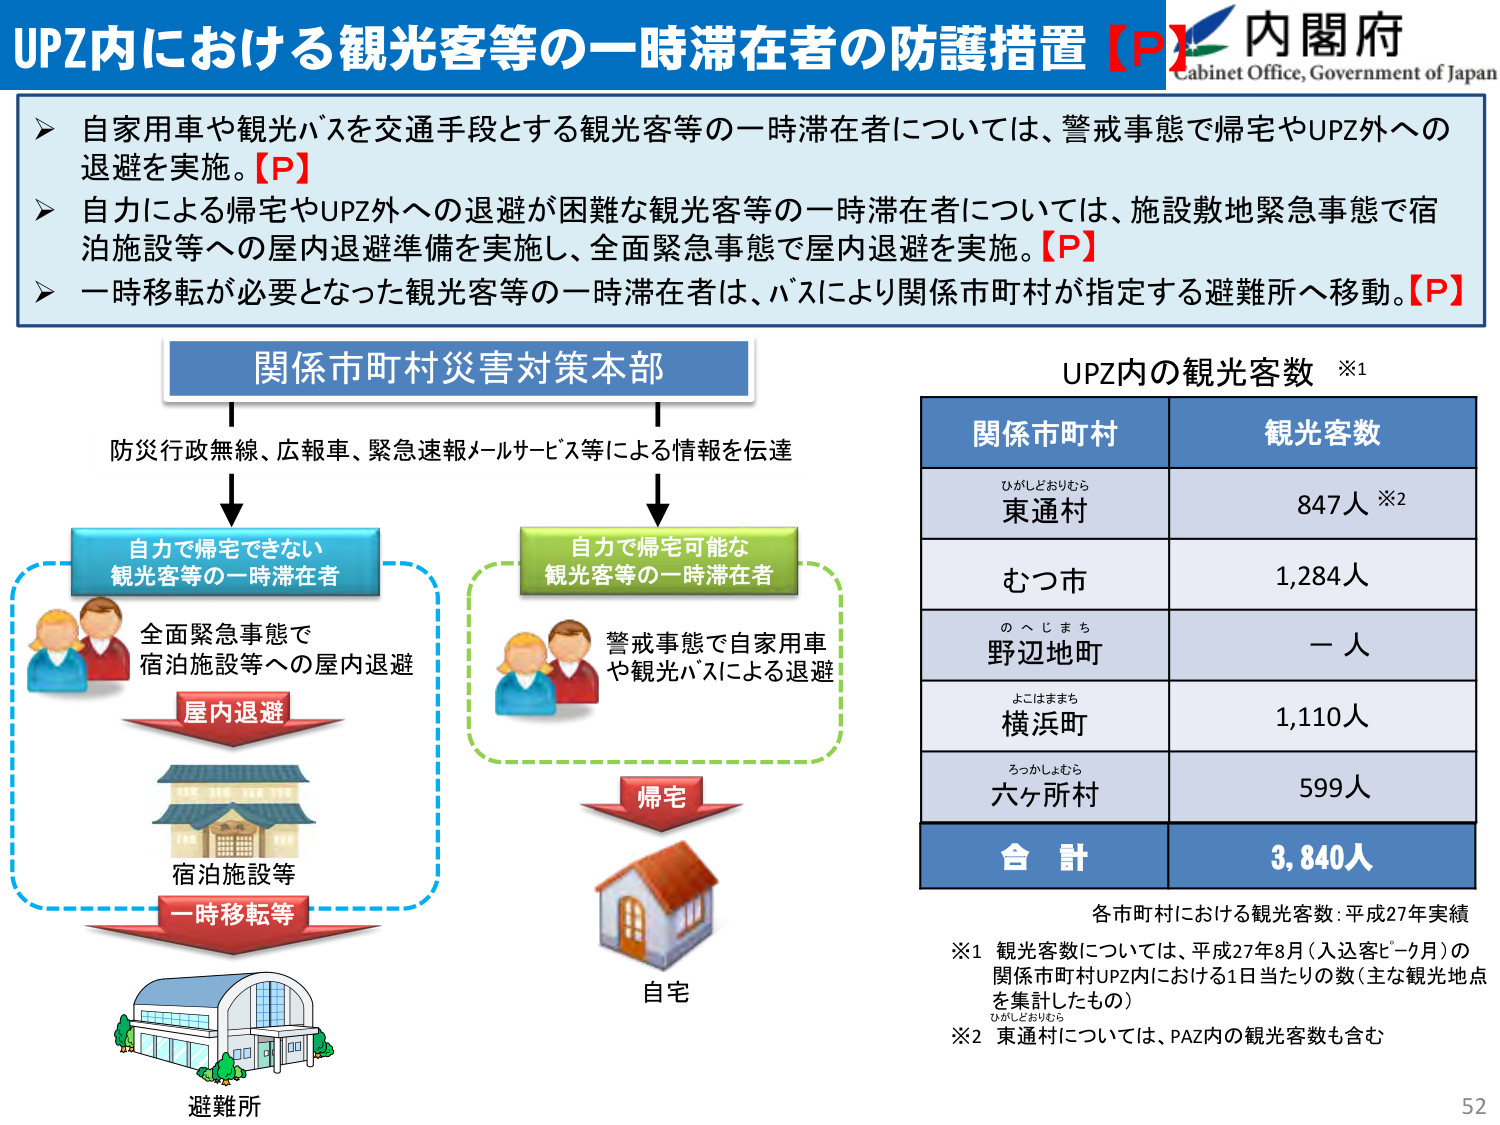
UPZ内における観光客等の一時滞在者の防護措置【P】
内閣府
Cabinet Office, Government of Japan

➤ 自家用車や観光バスを交通手段とする観光客等の一時滞在者については、警戒事態で帰宅やUPZ外への退避を実施。【P】
➤ 自力による帰宅やUPZ外への退避が困難な観光客等の一時滞在者については、施設敷地緊急事態で宿泊施設等への屋内退避準備を実施し、全面緊急事態で屋内退避を実施。【P】
➤ 一時移転が必要となった観光客等の一時滞在者は、バスにより関係市町村が指定する避難所へ移動。【P】

関係市町村災害対策本部
防災行政無線、広報車、緊急速報メールサービス等による情報を伝達

自力で帰宅できない
観光客等の一時滞在者
全面緊急事態で
宿泊施設等への屋内退避
屋内退避
宿泊施設等
一時移転等
避難所

自力で帰宅可能な
観光客等の一時滞在者
警戒事態で自家用車
や観光バスによる退避
帰宅
自宅

UPZ内の観光客数 ※1
関係市町村 観光客数
ひがしどおりむら
東通村 847人 ※2
むつ市 1,284人
の へ し ま ち
野辺地町 一人
よこはままち
横浜町 1,110人
ろっかしょむら
六ヶ所村 599人
合 計 3,840人

各市町村における観光客数：平成27年実績
※1 観光客数については、平成27年8月（入込客ピーク月）の
関係市町村UPZ内における1日当たりの数（主な観光地点
を集計したもの）
※2 東通村については、PAZ内の観光客数も含む

52